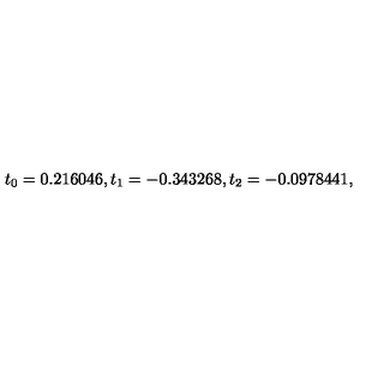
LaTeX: t _ { 0 } = 0 . 2 1 6 0 4 6 , t _ { 1 } = - 0 . 3 4 3 2 6 8 , t _ { 2 } = - 0 . 0 9 7 8 4 4 1 ,